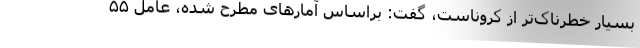
بسیار خطرناک‌تر از کروناست، گفت: براساس آمارهای مطرح شده، عامل ۵۵